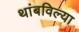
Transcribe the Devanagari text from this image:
थांबविल्या